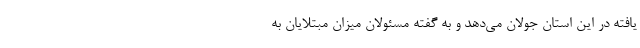
یافته در این استان جولان می‌دهد و به گفته مسئولان میزان مبتلایان به